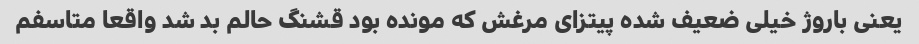
یعنی باروژ خیلی ضعیف شده پیتزای مرغش که مونده بود قشنگ حالم بد شد واقعا متاسفم